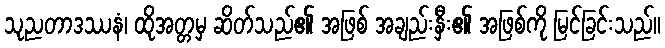
သုညတာဒဿနံ၊ ထိုအတ္တမှ ဆိတ်သည်၏ အဖြစ် အချည်းနှီး၏ အဖြစ်ကို မြင်ခြင်းသည်။